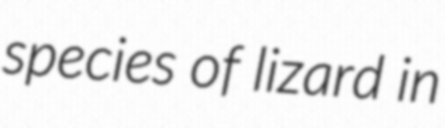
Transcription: species of lizard in